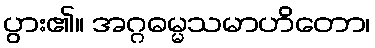
ပွား၏။ အဂ္ဂဓမ္မသမာဟိတော၊